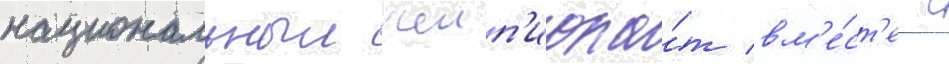
национальныи чемп'иона́т вм'е́ст'е с